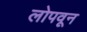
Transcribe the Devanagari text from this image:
लोपवून